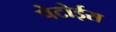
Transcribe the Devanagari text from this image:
पेटोईस